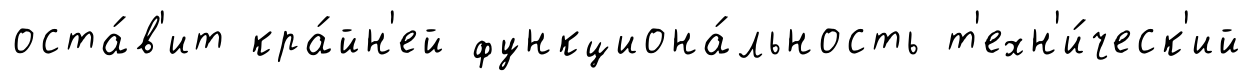
оста́в'ит кра́йн'ей функциона́льность т'ехн'и́ческ'ий